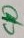
Text: C10